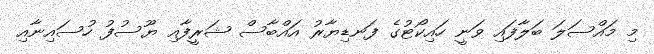
މި މައްސަލަ ބަލާފައި ވަނީ ހައިކޯޓުގެ ފަނޑިޔާރު އައްބާސް ޝަރީފާއި ޔޫސުފު ހުސައިނާއި